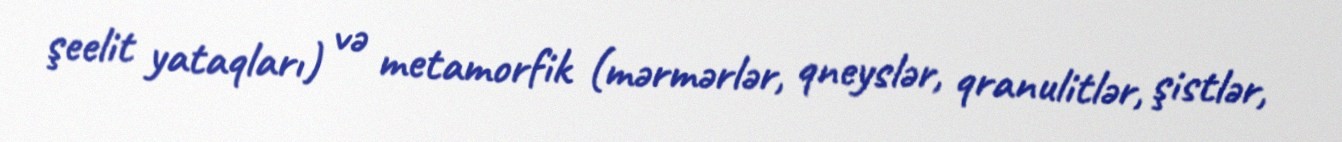
şeelit yataqları) və metamorfik (mərmərlər, qneyslər, qranulitlər, şistlər,